Civil Veterinary Department. Central Provinces & Berar 1925-31 - 1925-1931
Year: 1925
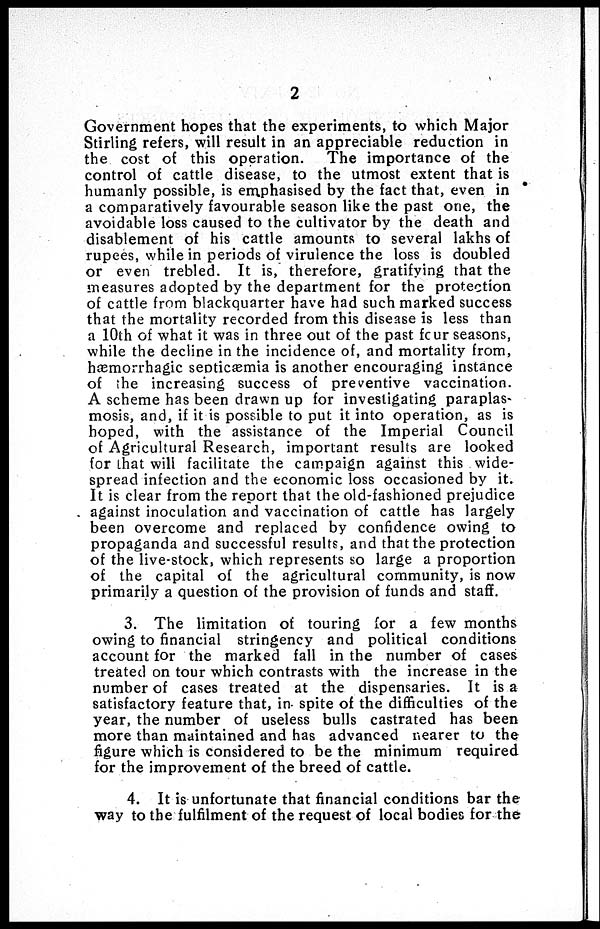
2
Government hopes that the experiments, to which Major
Stirling refers, will result in an appreciable reduction in
the cost of this operation. The importance of the
control of cattle disease, to the utmost extent that is
humanly possible, is emphasised by the fact that, even in
a comparatively favourable season like the past one, the
avoidable loss caused to the cultivator by the death and
disablement of his cattle amounts to several lakhs of
rupees, while in periods of virulence the loss is doubled
or even trebled. It is, therefore, gratifying that the
measures adopted by the department for the protection
of cattle from blackquarter have had such marked success
that the mortality recorded from this disease is less than
a 10th of what it was in three out of the past four seasons,
while the decline in the incidence of, and mortality from,
hæmorrhagic septicæmia is another encouraging instance
of the increasing success of preventive vaccination.
A scheme has been drawn up for investigating paraplas
mosis, and, if it is possible to put it into operation, as is
hoped, with the assistance of the Imperial Council
of Agricultural Research, important results are looked
for that will facilitate the campaign against this wide-
spread infection and the economic loss occasioned by it.
It is clear from the report that the old-fashioned prejudice
against inoculation and vaccination of cattle has largely
been overcome and replaced by confidence owing to
propaganda and successful results, and that the protection
of the live-stock, which represents so large a proportion
of the capital of the agricultural community, is now
primarily a question of the provision of funds and staff.
3. The limitation of touring for a few months
owing to financial stringency and political conditions
account for the marked fall in the number of cases
treated on tour which contrasts with the increase in the
number of cases treated at the dispensaries. It is a
satisfactory feature that, in spite of the difficulties of the
year, the number of useless bulls castrated has been
more than maintained and has advanced nearer to the
figure which is considered to be the minimum required
for the improvement of the breed of cattle.
4. It is unfortunate that financial conditions bar the
way to the fulfilment of the request of local bodies for the